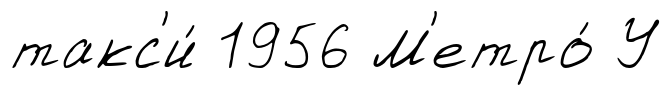
такс'и́ 1956 М'етро́ У